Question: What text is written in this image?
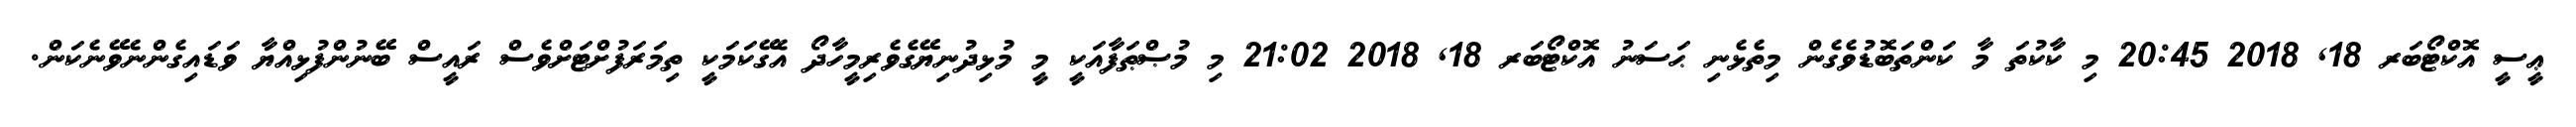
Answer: ޢީސީ އޮކްޓޯބަރ 18, 2018 20:45 މި ކާކުތަ މާ ކަންތަބޮޑުވެގެން މިތެޅެނި ޙަސަނު އޮކްޓޯބަރ 18, 2018 21:02 މި މުޞްޠަފާއަކީ މީ މުޅިދުނިޔޭގެވެރިމީހާދޯ އެގޭކަމަކީ ތިމަރަފުށްޓަށްވެސް ރައީސް ބޭނުންފުޅިއްޔާ ވަޑައިގެންނެވޭނެކަން.